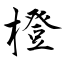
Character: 橙